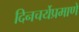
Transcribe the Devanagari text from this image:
दिनचर्येप्रमाणे